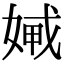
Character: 𡞨